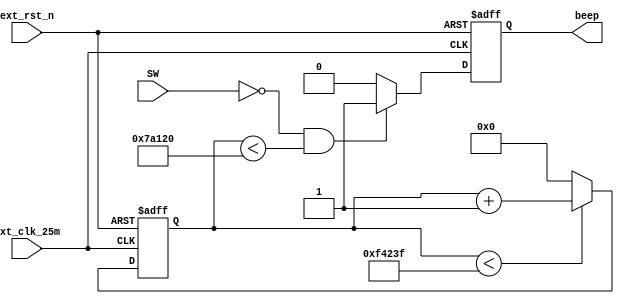
module ep6_ex2_new (
	input ext_clk_25m,
	input ext_rst_n,
	input SW,
	output reg beep
);
reg [19:0] count;
	always @(posedge ext_clk_25m or negedge ext_rst_n) begin
		if (!ext_rst_n) begin
			count<=20'd0;
		end else begin
			if (count<20'd999_999) begin
				count<=count+1'b1;
			end else begin
				count<=20'd0;
			end
		end
	end
	always @(posedge ext_clk_25m or negedge ext_rst_n) begin
		if (!ext_rst_n) begin
			beep<=1'b0;
		end else begin
			if (!SW&count<20'd500_000) begin
				beep<=1'b1;
			end else begin
				beep<=1'b0;
			end
		end
	end
endmodule